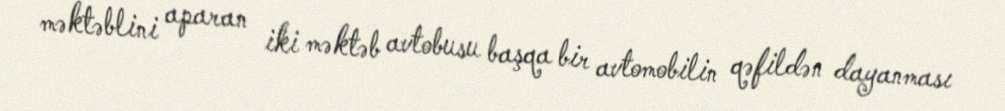
məktəblini aparan iki məktəb avtobusu başqa bir avtomobilin qəfildən dayanması